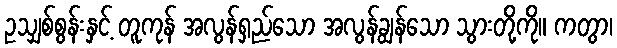
ဥသျှစ်စွန်းနှင့် တူကုန် အလွန်ရှည်သော အလွန်ချွန်သော သွားတို့ကို။ ကတွာ၊